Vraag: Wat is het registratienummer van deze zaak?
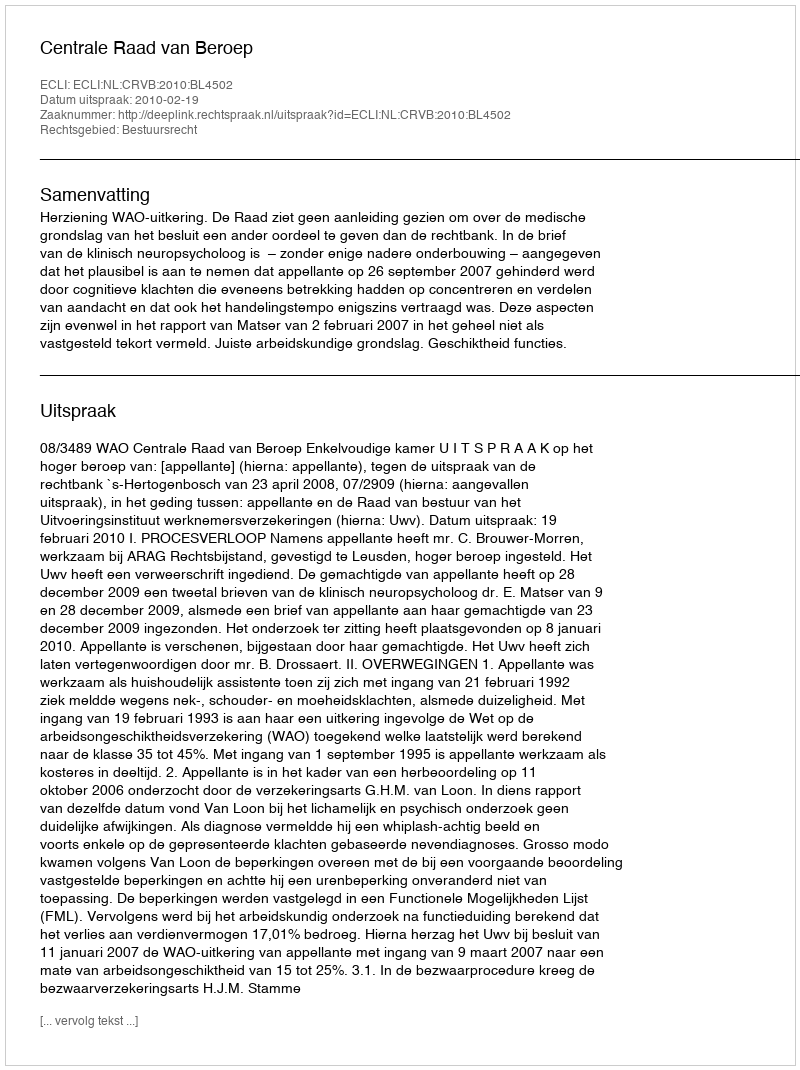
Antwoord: http://deeplink.rechtspraak.nl/uitspraak?id=ECLI:NL:CRVB:2010:BL4502